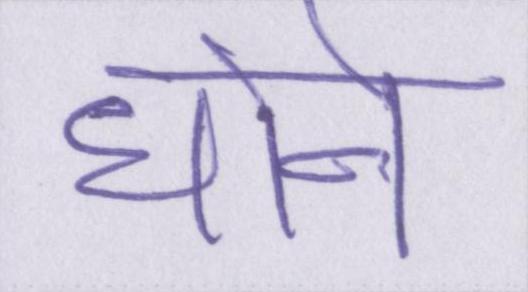
धोने